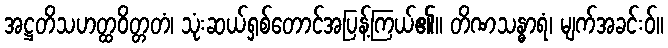
အဋ္ဌတိသဟတ္ထဝိတ္တတံ၊ သုံးဆယ်ရှစ်တောင်အပြန့်ကြယ်၏။ တိဏသန္ဓာရံ၊ မျက်အခင်းဝ်။